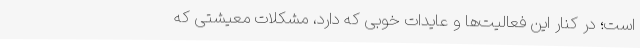
است؛ در کنار این فعالیت‌ها و عایدات خوبی که دارد، مشکلات معیشتی که